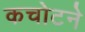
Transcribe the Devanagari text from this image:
कचोटने